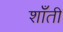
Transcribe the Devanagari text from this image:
शाँती